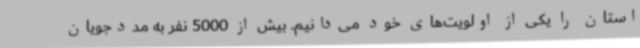
استان را یکی از اولویت‌های خود می‌دانیم. بیش از 5000 نفر به مددجویان